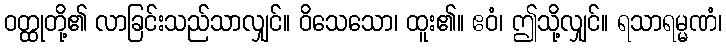
ဝတ္ထုတို့၏ လာခြင်းသည်သာလျှင်။ ဝိသေသော၊ ထူး၏။ ဧဝံ၊ ဤသို့လျှင်။ ရသာရမ္မဏံ၊